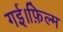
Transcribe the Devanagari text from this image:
गई।फ़िल्म